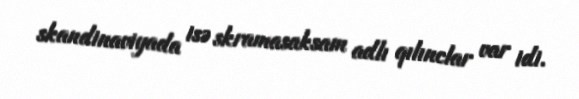
skandinaviyada isə skramasaksam adlı qılınclar var idi.